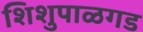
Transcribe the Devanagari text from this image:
शिशुपाळगड